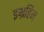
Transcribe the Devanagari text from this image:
इभ्रहिम